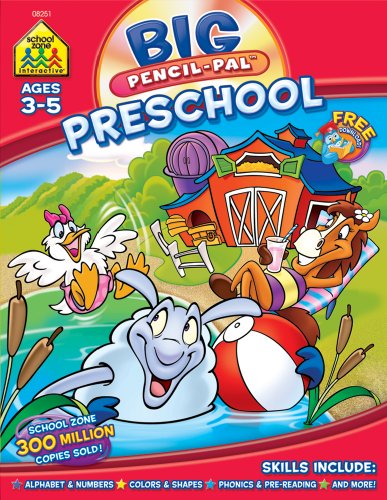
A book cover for Big Preschool Pencil Pal; Barbara Gregorich; Children's Books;